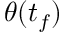
\theta ( t _ { f } )